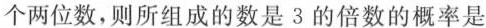
个两位数，则所组成的数是3的倍数的概率是